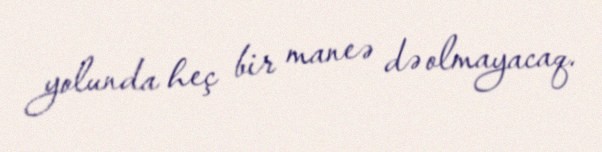
yolunda heç bir maneə də olmayacaq.